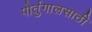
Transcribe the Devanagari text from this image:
पोर्तुगालसाठी